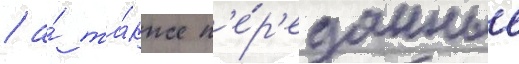
/ а́ та́кже п'е́р'еданные